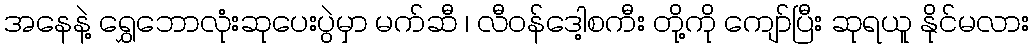
အနေနဲ့ ရွှေဘောလုံးဆုပေးပွဲမှာ မက်ဆီ ၊ လီဝန်ဒေါ့စကီး တို့ကို ကျော်ပြီး ဆုရယူ နိုင်မလား